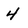
Character: 4